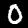
Label: 0